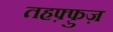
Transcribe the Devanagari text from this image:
तहफ़्फ़ुज़